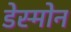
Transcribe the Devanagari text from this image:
डेस्मोन